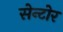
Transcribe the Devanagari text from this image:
सेन्टोर